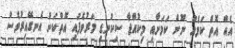
އެއް އޮތް ކަމެއް ނޫން ކަމަށާއި މިކުއްޖާ ސިކުނޑި މަރުވެފައި އޮތްކަން އެނގޭއިރުވެސް